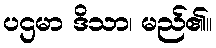
ပဌမာ ဒိသာ၊ မည်၏။